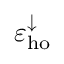
\varepsilon _ { \mathrm { h o } } ^ { \downarrow }